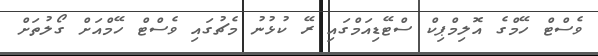
ވެސްޓް ހޭމްގެ އޮލިމްޕިކް ސްޓޭޑިއަމްގައި ރޭ ކުޅުނު މެޗުގައި ވެސްޓް ހޭމްއަށް ގޯލުތަށް